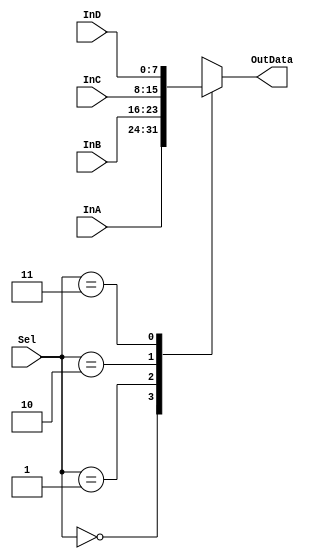
module Mux_2_4_8bit(Sel,InA,InB,InC,InD,OutData);

input [1:0]Sel;
input [7:0]InA,InB,InC,InD ;
output reg[7:0]OutData;

always @ (Sel,InA,InB,InC,InD)
	case(Sel)
		0: OutData = InA ;
		1: OutData = InB ;
		2: OutData = InC ;
		3: OutData = InD ;
		default: ;
	endcase
endmodule